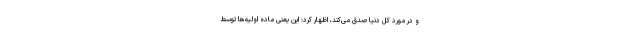
و در مورد کل دنیا صدق می‌کند، اظهار کرد: این یعنی ماده اولیه‌ها توسط